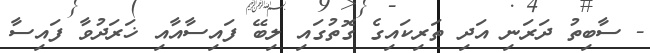
- ސާބިތު ދަރަނި އަދި ތަރިކައިގެ ގޮތުގައި ލިބޭ ފައިސާއާއި ޚަރަދުވާ ފައިސާ